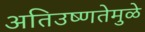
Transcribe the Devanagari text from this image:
अतिउष्णतेमुळे